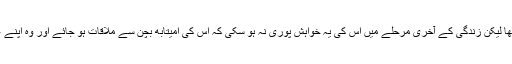
اکرام نے امیتابھ بچن کی فلم ’پا‘ میں کام تو ضرور کیا تھا لیکن زندگی کے آخری مرحلے میں اس کی یہ خواہش پوری نہ ہو سکی کہ اس کی امیتابھ بچن سے ملاقات ہو جائے اور وہ اپنے علاج کے لیے بندوبست کرنے کی درخواست کر سکے۔